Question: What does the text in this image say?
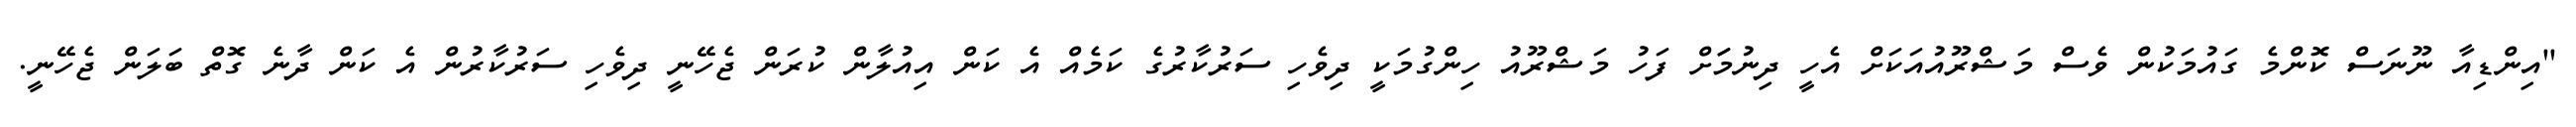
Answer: "އިންޑިއާ ނޫނަސް ކޮންމެ ގައުމަކުން ވެސް މަޝްރޫއުއަކަށް އެހީ ދިނުމަަށް ފަހު މަޝްރޫއު ހިންގުމަކީ ދިވެހި ސަރުކާރުގެ ކަމެއް އެ ކަން އިއުލާން ކުރަން ޖެހޭނީ ދިވެހި ސަރުކާރުން އެ ކަން ދާނެ ގޮތް ބަލަން ޖެހޭނީ.